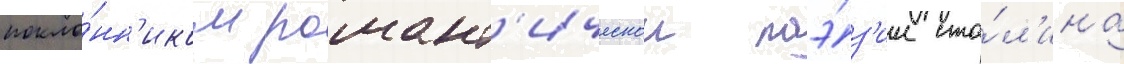
покло́нн'иком романт'ическои поэ́з'ии ста́л'ина